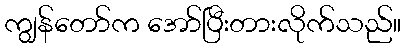
ကျွန်တော်က အော်ပြီးတားလိုက်သည်။